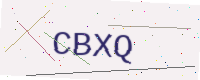
Text: CBXQ